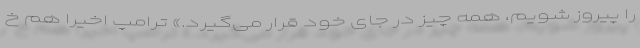
را پیروز شویم، همه چیز در جای خود قرار می‌گیرد.» ترامپ اخیرا هم خ